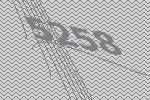
5258